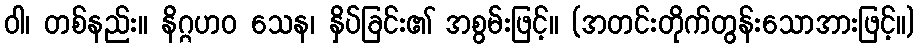
ဝါ၊ တစ်နည်း။ နိဂ္ဂဟဝ သေန၊ နှိပ်ခြင်း၏ အစွမ်းဖြင့်။ (အတင်းတိုက်တွန်းသောအားဖြင့်။)